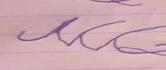
Signature authenticity: forged